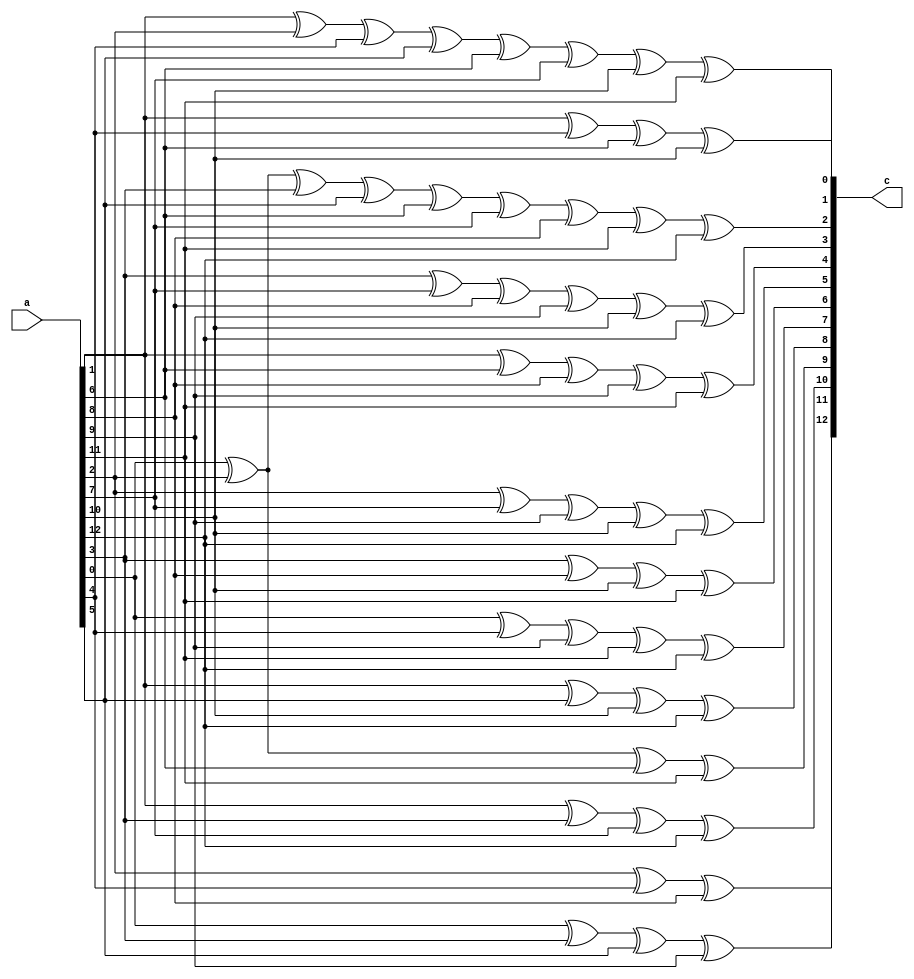
module multiply_7677(a,c);
input [12:0]a;
output [12:0] c;
wire   [12:0] c;

assign c[0] =a[1]^a[4]^a[6]^a[10];
assign c[1] =a[1]^a[2]^a[4]^a[5]^a[6]^a[7]^a[10]^a[11];
assign c[2] =a[0]^a[2]^a[3]^a[5]^a[6]^a[7]^a[8]^a[11]^a[12];
assign c[3] =a[3]^a[7]^a[8]^a[9]^a[10]^a[12];
assign c[4] =a[1]^a[6]^a[8]^a[9]^a[11];
assign c[5] =a[2]^a[7]^a[9]^a[10]^a[12];
assign c[6] =a[3]^a[8]^a[10]^a[11];
assign c[7] =a[0]^a[4]^a[9]^a[11]^a[12];
assign c[8] =a[1]^a[5]^a[10]^a[12];
assign c[9] =a[0]^a[2]^a[6]^a[11];
assign c[10] =a[1]^a[3]^a[7]^a[12];
assign c[11] =a[2]^a[4]^a[8];
assign c[12] =a[0]^a[3]^a[5]^a[9];



endmodule